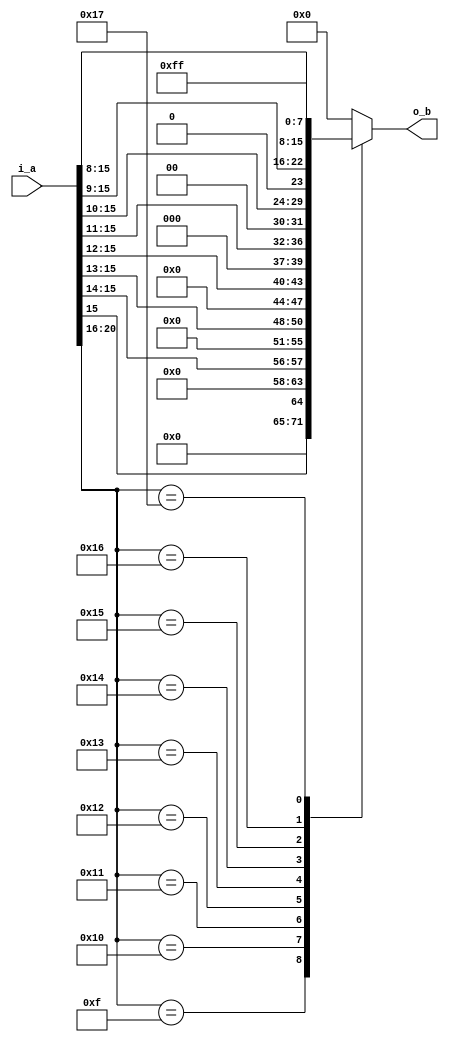
module fm_3d_f22_to_i8_2 (
  i_a,
  o_b
);

///////////////////////////////////////////
//  port definition
///////////////////////////////////////////
    input  [21:0] i_a;          // input s1, e5, f1.15
    output [7:0]  o_b;          // unsigned integer
///////////////////////////////////////////
//  wire definition
///////////////////////////////////////////
    // intermidiate wire
    wire        w_sign;
    wire [4:0]  w_exp;
    wire [15:0] w_fraction;

///////////////////////////////////////////
//  assign statement
///////////////////////////////////////////
    assign w_sign = i_a[21];
    assign w_exp  = i_a[20:16];
    assign w_fraction = i_a[15:0];

    assign o_b = f_ftoi(w_exp, w_fraction);
///////////////////////////////////////////
//  function statement
///////////////////////////////////////////
    function [7:0] f_ftoi;
        input [4:0]  exp;
        input [15:0] frac;
        begin
            case (exp)
                5'd15: f_ftoi = {7'b0,frac[15]};
                5'd16: f_ftoi = {6'b0,frac[15:14]};
                5'd17: f_ftoi = {5'b0,frac[15:13]};
                5'd18: f_ftoi = {4'b0,frac[15:12]};
                5'd19: f_ftoi = {3'b0,frac[15:11]};
                5'd20: f_ftoi = {2'b0,frac[15:10]};
                5'd21: f_ftoi = {1'b0,frac[15:9]};
                5'd22: f_ftoi = frac[15:8];
                5'd23: f_ftoi = 8'd255;  // overflow
                default: f_ftoi = 8'h0;  // including zero
            endcase
        end
    endfunction

endmodule